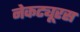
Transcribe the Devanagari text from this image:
नेकट्यूरस